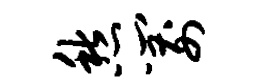
愁箭